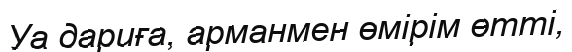
Уа дариға, арманмен өмірім өтті,